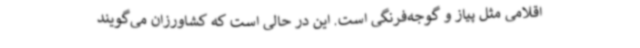
اقلامی مثل پیاز و گوجه‌فرنگی است. این در حالی است که کشاورزان می‌گویند